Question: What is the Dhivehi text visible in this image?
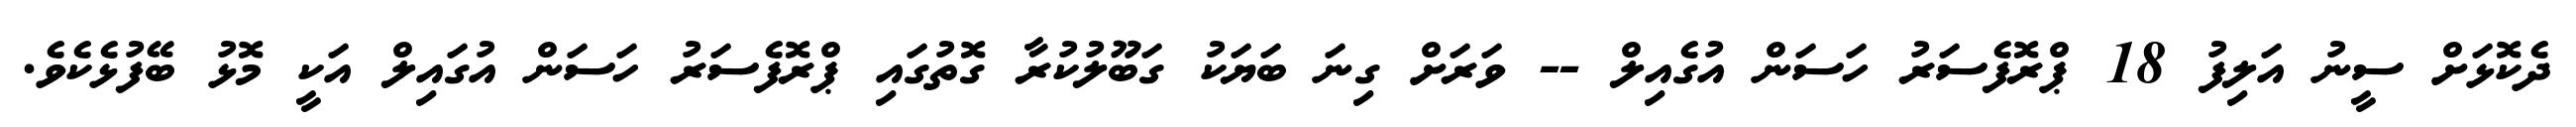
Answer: ދެކޮޅަށް ސީނު އަލިފު 18 ޕްރޮފެސަރު ހަސަން އުގެއިލް -- ވަރަށް ގިނަ ބަޔަކު ގަބޫލުކުރާ ގޮތުގައި ޕްރޮފެސަރު ހަސަން އުގައިލް އަކީ މޮޅު ބޭފުޅެކެވެ.